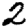
Digit: 2